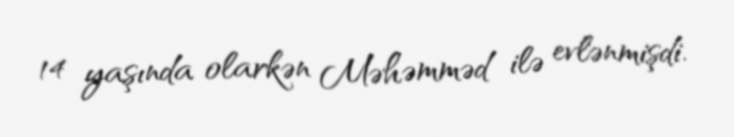
14 yaşında olarkən Məhəmməd ilə evlənmişdi.